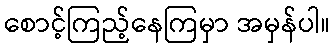
စောင့်ကြည့်နေကြမှာ အမှန်ပါ။